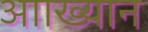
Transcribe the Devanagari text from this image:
आाख्यान